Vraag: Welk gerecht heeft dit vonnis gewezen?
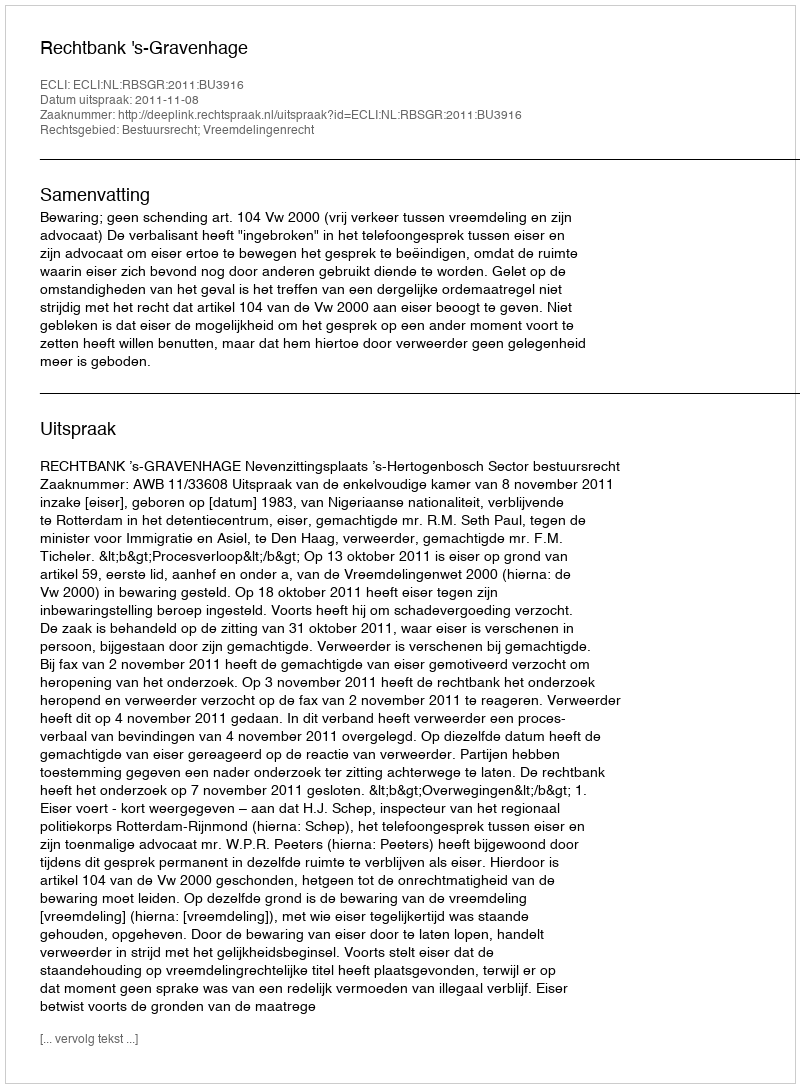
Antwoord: Rechtbank 's-Gravenhage